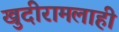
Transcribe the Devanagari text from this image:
खुदीरामलाही